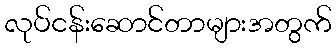
လုပ်ငန်းဆောင်တာများအတွက်